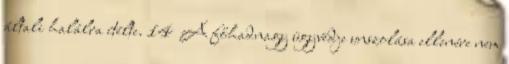
általi halálra ítélte. 14 A főhadnagy ügyvédje unszolása ellenére nem